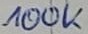
Text: 100K